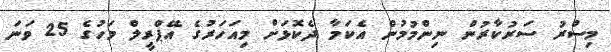
މިސްރު ސަރުކާރުން ނިންމުމުން އެކަމާ ދެކޮޅަށް މިއަހަރުގެ އޭޕްރީލް މަހުގެ 25 ވަނަ